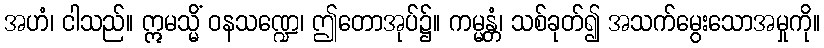
အဟံ၊ ငါသည်။ ဣမသ္မိံ ဝနသဏ္ဍေ၊ ဤတောအုပ်၌။ ကမ္မန္တံ၊ သစ်ခုတ်၍ အသက်မွေးသောအမှုကို။